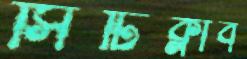
সিটিক্লাব